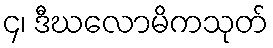
၄၊ ဒီဃလောမိကသုတ်